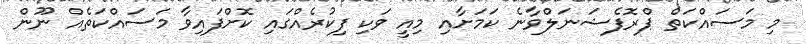
މި މަސައްކަތް ޕްރޮފެޝަނަލްވާނެ ކަމަށާއި މިއީ ވަކި ފިކުރެއްގައި ކޮށްފައިވާ މަސައްކަތެއް ނޫން